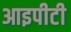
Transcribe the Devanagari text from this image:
आइपीटी